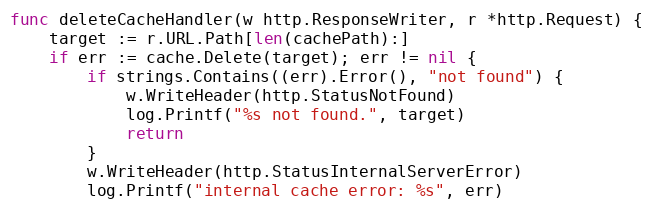
Language: Go
func deleteCacheHandler(w http.ResponseWriter, r *http.Request) {
	target := r.URL.Path[len(cachePath):]
	if err := cache.Delete(target); err != nil {
		if strings.Contains((err).Error(), "not found") {
			w.WriteHeader(http.StatusNotFound)
			log.Printf("%s not found.", target)
			return
		}
		w.WriteHeader(http.StatusInternalServerError)
		log.Printf("internal cache error: %s", err)